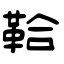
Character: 鞈